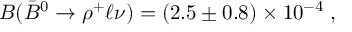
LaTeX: { \cal B } ( \bar { B } ^ { 0 } \to \rho ^ { + } \ell \nu ) = ( 2 . 5 \pm 0 . 8 ) \times 1 0 ^ { - 4 } \; ,